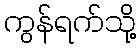
ကွန်ရက်သို့